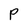
Character: P